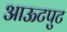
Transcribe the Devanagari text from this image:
आऊटपुट